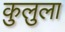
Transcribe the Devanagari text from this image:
कुलुला